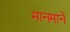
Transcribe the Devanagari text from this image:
मानमाने